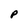
Character: P